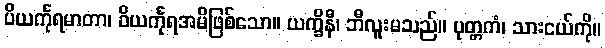
ပိယင်္ကုရမာတာ၊ ဝိယင်္ကုရအမိဖြစ်သော။ ယက္ခိနီ၊ ဘီလူးမသည်။ ပုတ္တကံ၊ သားငယ်ကို။